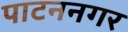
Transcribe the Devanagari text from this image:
पाटननगर